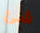
شئ